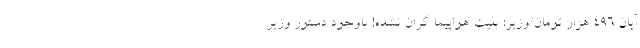
آبان ۴۹۶ هزار تومان/وزیر: بلیت هواپیما گران نشده! باوجود دستور وزیر